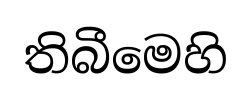
තිබීමෙහි